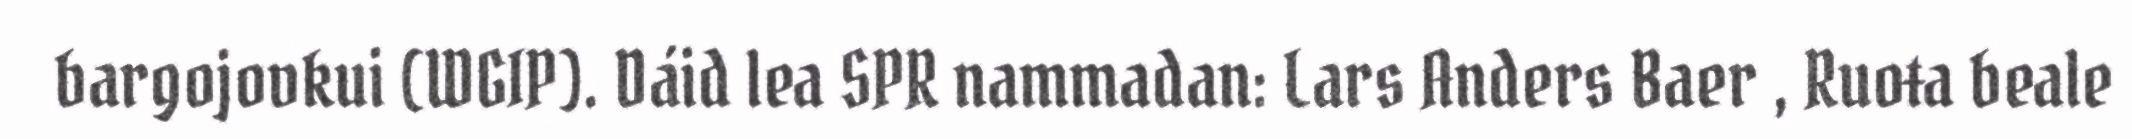
bargojovkui (WGIP). Dáid lea SPR nammadan: Lars Anders Baer , Ruoŧa beale